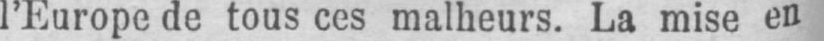
l’Europe de tous ces malheurs. La mise en